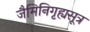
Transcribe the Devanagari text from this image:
जैमिनिगृह्यसूत्र